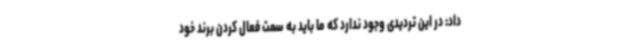
داد: در این تردیدی وجود ندارد که ما باید به سمت فعال کردن برند خود